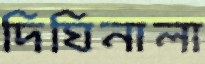
দিঘিনালা